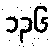
၁၃၆